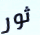
ثور